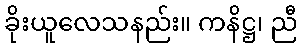
ခိုးယူလေသနည်း။ ကနိဋ္ဌ၊ ညီ